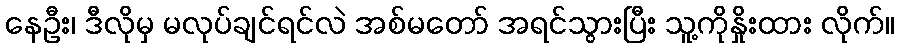
နေဦး၊ ဒီလိုမှ မလုပ်ချင်ရင်လဲ အစ်မတော် အရင်သွားပြီး သူ့ကိုနှိုးထား လိုက်။